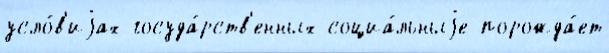
усло́в'иjах госуда́рств'енных социа́льныjе порожда́ет